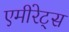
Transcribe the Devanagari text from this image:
एमीरेट्स